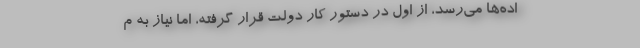
اده‌ها می‌رسد، از اول در دستور کار دولت قرار گرفته، اما نیاز به م